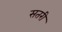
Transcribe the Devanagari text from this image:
सतरी